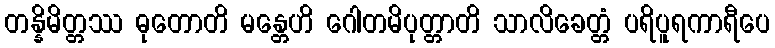
တန္နိမိတ္တဿ ဓုတောတိ မန္တေဟိ ဂေါတမိပုတ္တာတိ သာလိခေတ္တံ ပရိပူရကာရီပေ